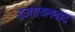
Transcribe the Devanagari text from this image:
इजरायलवाद